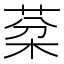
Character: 棻